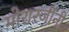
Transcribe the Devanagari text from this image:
मोरारजींनी